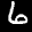
Label: 6